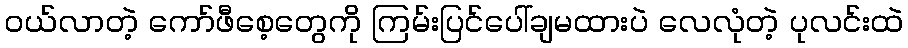
ဝယ်လာတဲ့ ကော်ဖီစေ့တွေကို ကြမ်းပြင်ပေါ်ချမထားပဲ လေလုံတဲ့ ပုလင်းထဲ